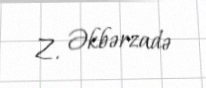
Z. Əkbərzadə